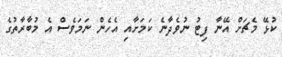
ކުޅޭ މެޗަށް އޭނާ ފިޓު ނުވެދާނެ ކަމަށާއި އެހެން ނަމަވެސް އެ މުބާރާތުގެ